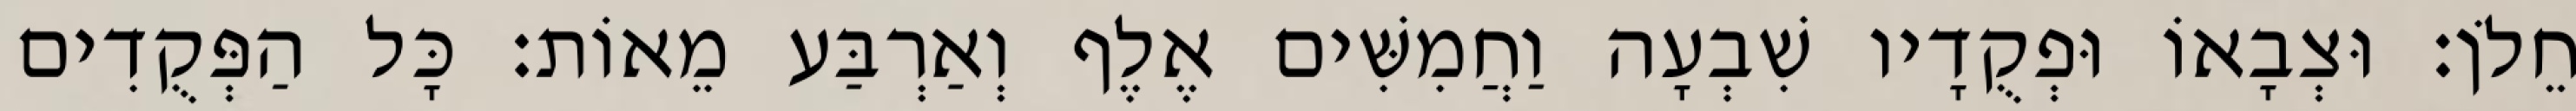
חֵלֹן׃ וּצְבָאוֹ וּפְקֻדָיו שִׁבְעָה וַחֲמִשִּׁים אֶלֶף וְאַרְבַּע מֵאוֹת׃ כָּל הַפְּקֻדִים